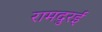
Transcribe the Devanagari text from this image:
रामदुरई